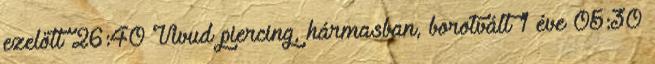
ezelőtt 26:40 Vivud piercing, hármasban, borotvált 1 éve 05:30